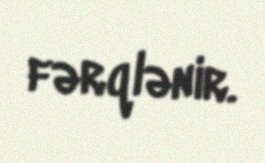
fərqlənir.